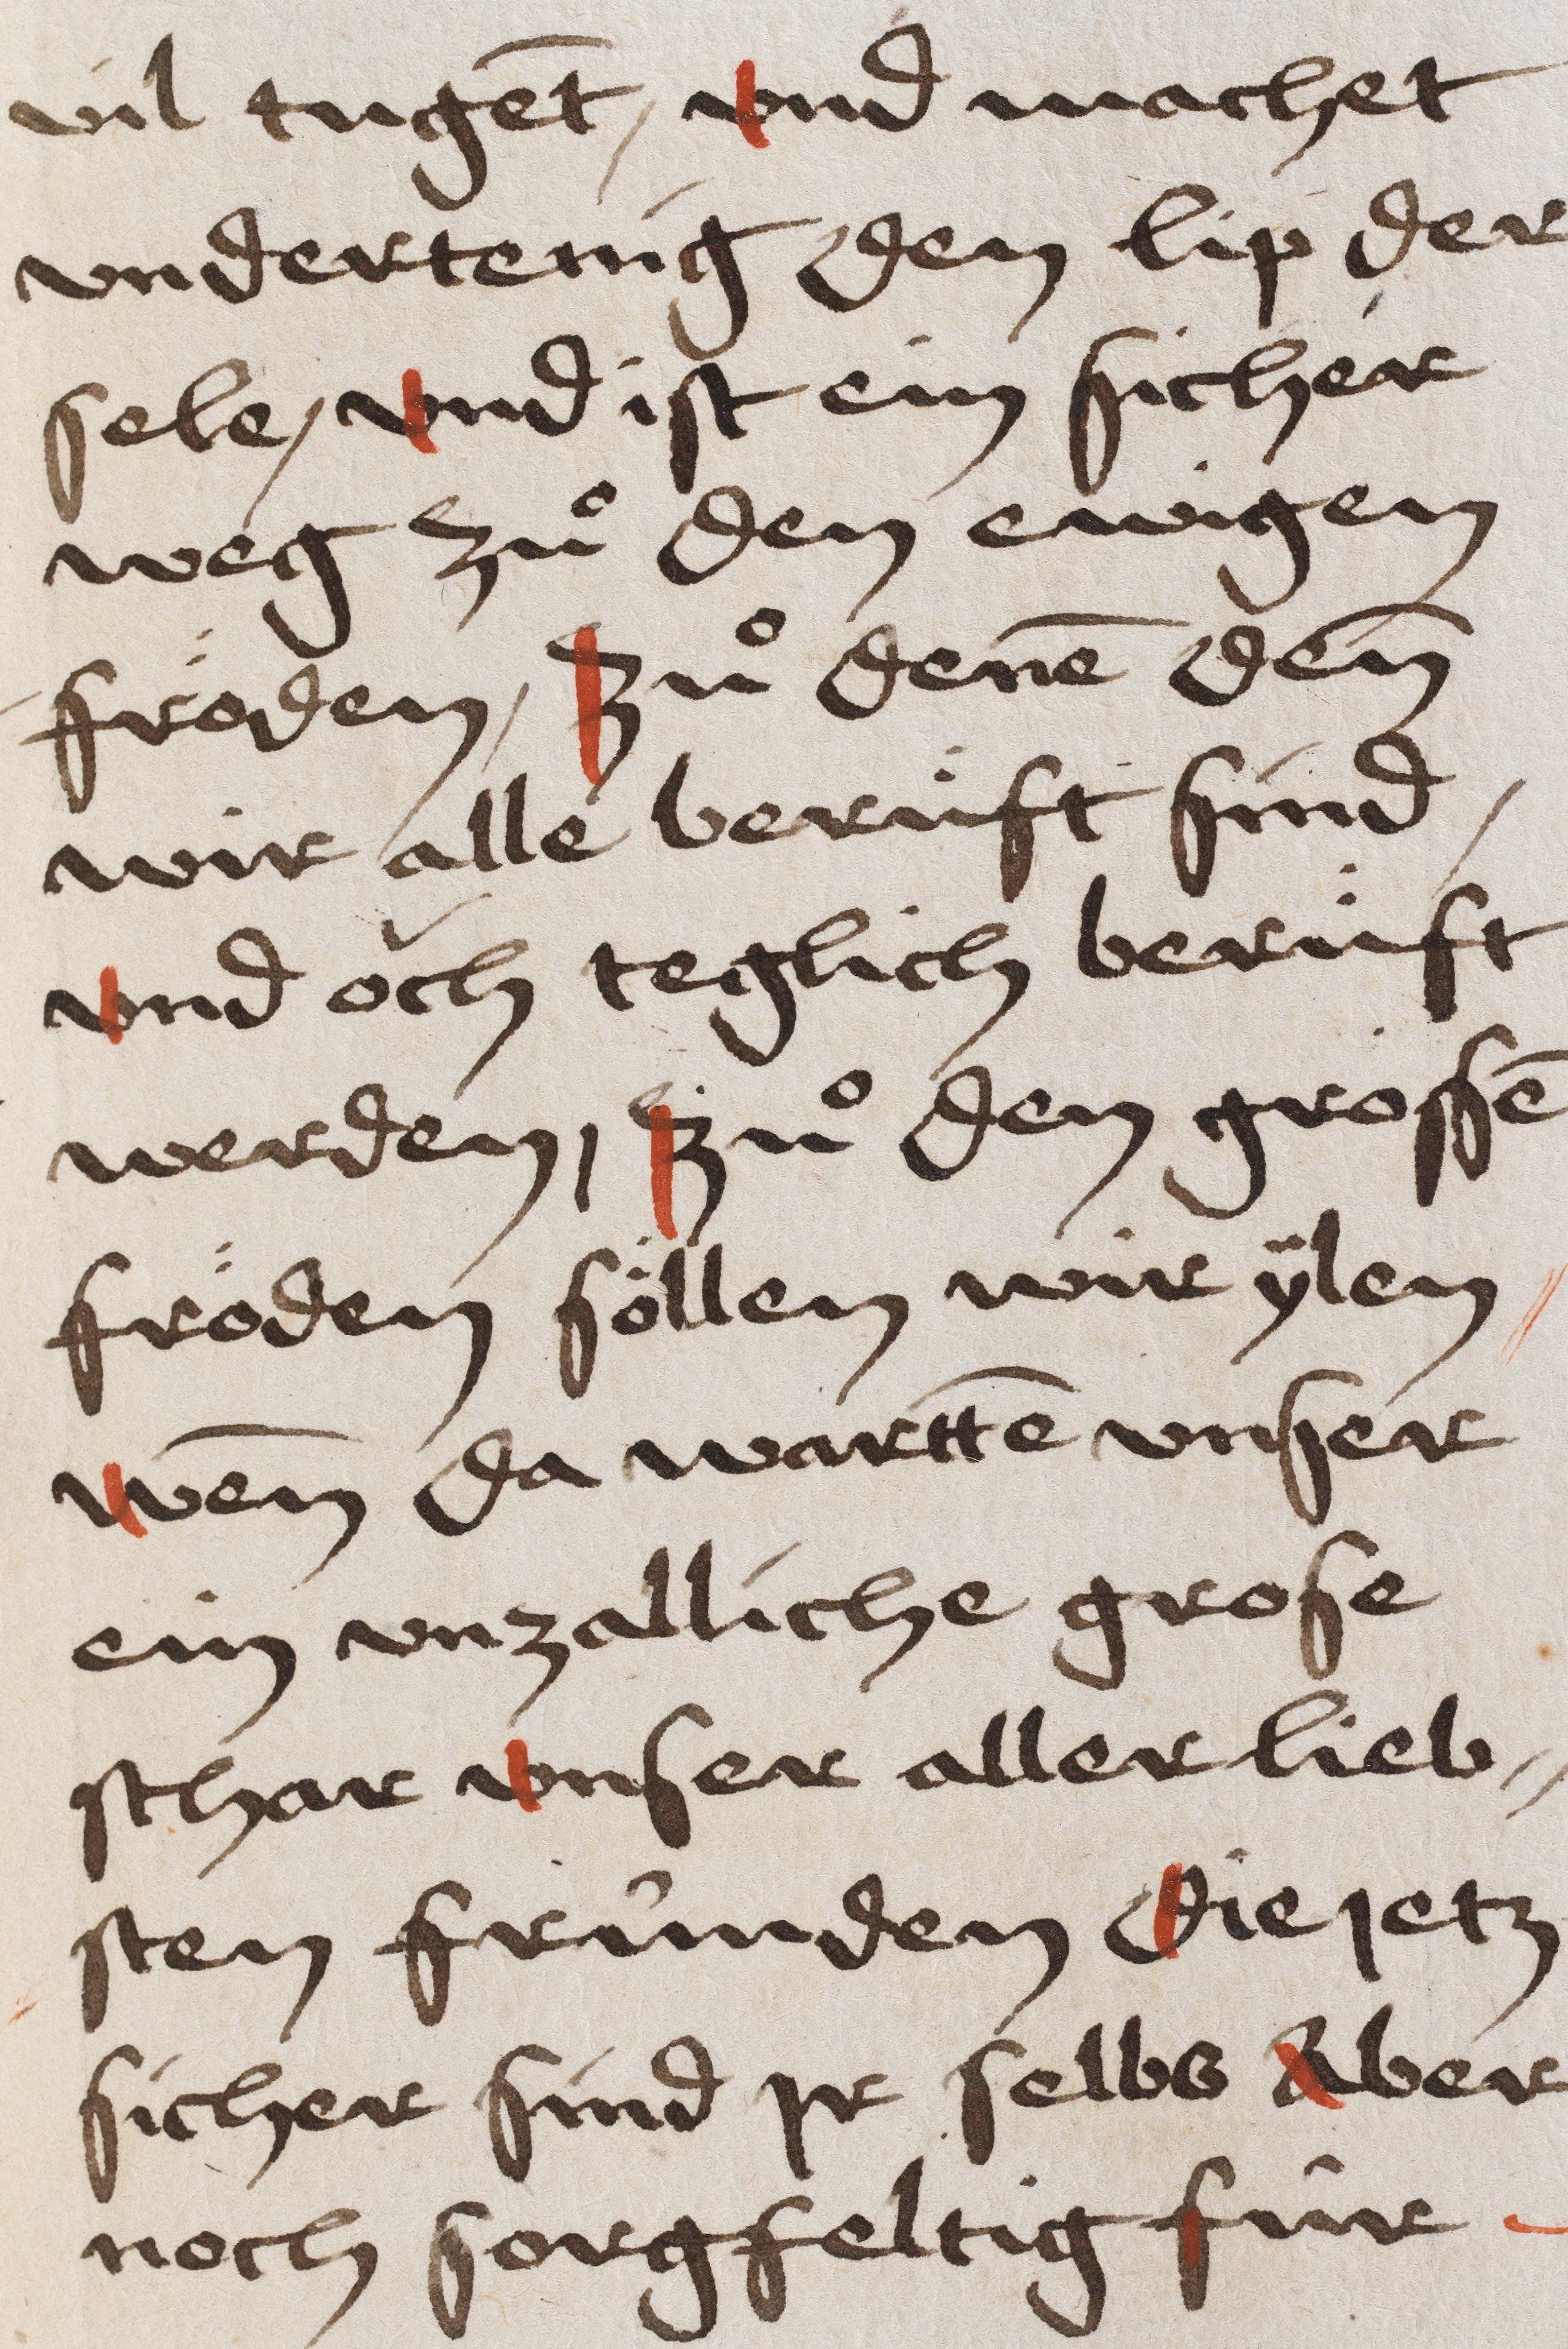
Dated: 1475–1499